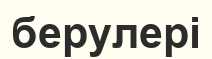
берулері